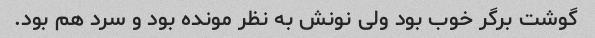
گوشت برگر خوب بود ولی نونش به نظر مونده بود و سرد هم بود.